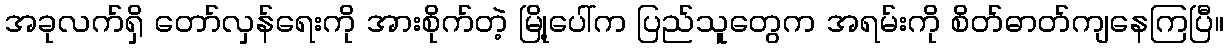
အခုလက်ရှိ တော်လှန်ရေးကို အားစိုက်တဲ့ မြို့ပေါ်က ပြည်သူတွေက အရမ်းကို စိတ်ဓာတ်ကျနေကြပြီ။